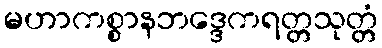
မဟာကစ္စာနဘဒ္ဒေကရတ္တသုတ္တံ